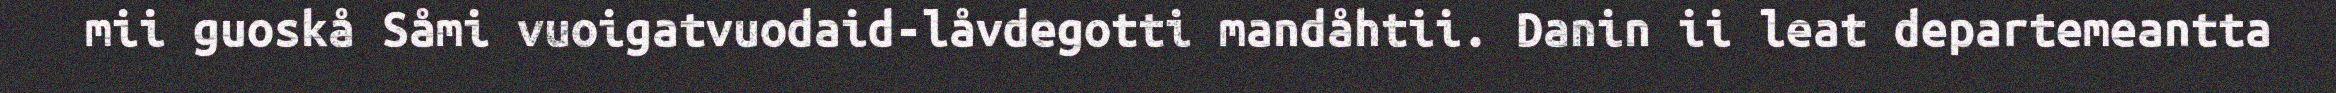
mii guoskå Såmi vuoigatvuodaid-låvdegotti mandåhtii. Danin ii leat departemeantta